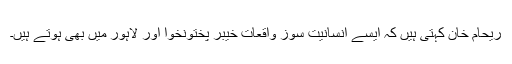
ریحام خان کہتی ہیں کہ ایسے انسانیت سوز واقعات خیبر پختونخوا اور لاہور میں بھی ہوتے ہیں۔